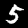
Label: 5